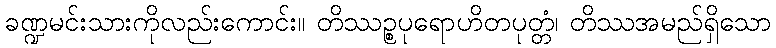
ခဏ္ဍမင်းသားကိုလည်းကောင်း။ တိဿဉ္စပုရောဟိတပုတ္တံ၊ တိဿအမည်ရှိသော